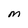
Character: M